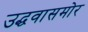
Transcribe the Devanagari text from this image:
उद्धवासमोर